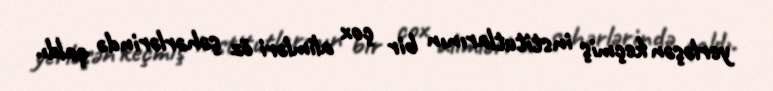
yerləşən keçmiş institutlarının bir çox alimləri öz şəhərlərində qaldı.